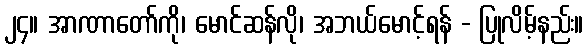
၂၄။ အာဏာတော်ကို၊ မောင်ဆန်လို၊ အဘယ်မောင့်ရန် - ပြုလိမ့်နည်း။